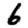
Digit: 6